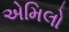
એમિલો